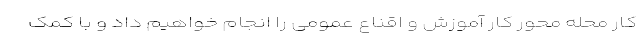
کار محله محور کار آموزش و اقناع عمومی را انجام خواهیم داد و با کمک